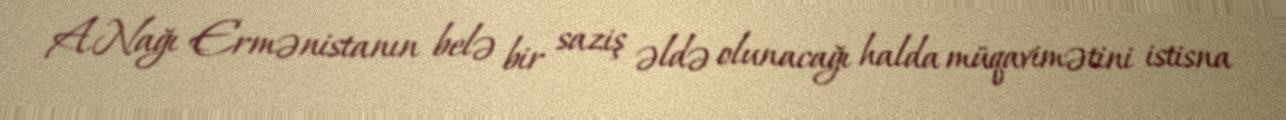
A.Nağı Ermənistanın belə bir saziş əldə olunacağı halda müqavimətini istisna